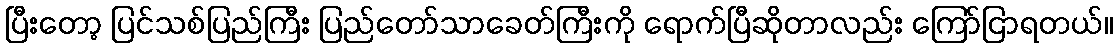
ပြီးတော့ ပြင်သစ်ပြည်ကြီး ပြည်တော်သာခေတ်ကြီးကို ရောက်ပြီဆိုတာလည်း ကြော်ငြာရတယ်။